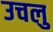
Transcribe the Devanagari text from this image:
उचलु